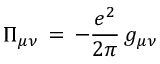
\Pi _ { \mu \nu } \, = \, - \frac { e ^ { 2 } } { 2 \pi } \, g _ { \mu \nu }